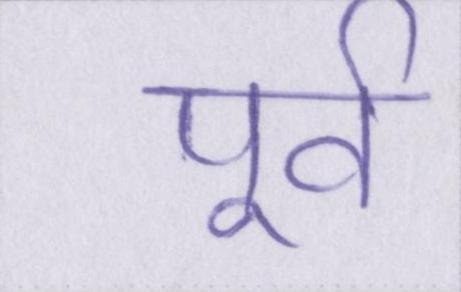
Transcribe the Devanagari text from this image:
पूर्व